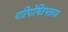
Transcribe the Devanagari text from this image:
परिपोषितभक्ताय